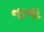
નાના